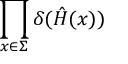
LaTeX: \prod _ { x \in \Sigma } \delta ( { \hat { H } } ( x ) )